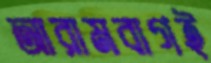
আরামবাগই